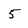
Character: 5